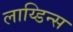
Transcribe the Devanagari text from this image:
लाय्डिन्स